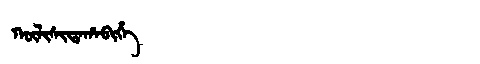
Manchu: ᡴᡡᠯᡳᠰᡳᡨᠠᡥᠠᠪᡳᡥᡝ
Romanization: KŪLISITAHABIHE